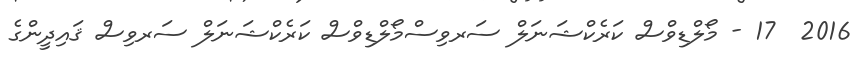
2016  17 - މޯލްޑިވްސް ކަރެކްޝަނަލް ސަރވިސްމޯލްޑިވްސް ކަރެކްޝަނަލް ސަރވިސް ޤައިދީންގެ